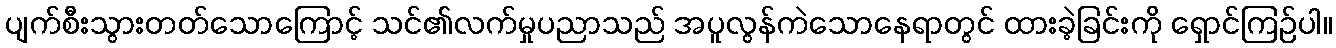
ပျက်စီးသွားတတ်သောကြောင့် သင်၏လက်မှုပညာသည် အပူလွန်ကဲသောနေရာတွင် ထားခဲ့ခြင်းကို ရှောင်ကြဉ်ပါ။